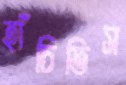
হাঁচিতিস